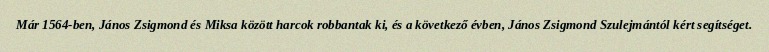
Már 1564-ben, János Zsigmond és Miksa között harcok robbantak ki, és a következő évben, János Zsigmond Szulejmántól kért segítséget.